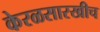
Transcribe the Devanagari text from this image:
केरळसारखीच